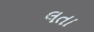
લતા